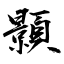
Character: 顥